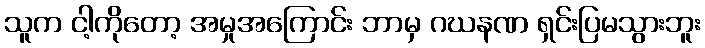
သူက ငါ့ကိုတော့ အမှုအကြောင်း ဘာမှ ဂဃနဏ ရှင်းပြမသွားဘူး